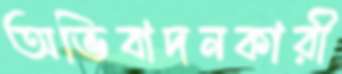
অভিবাদনকারী